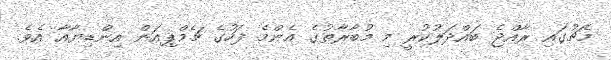
މެޗުގައި ރާއްޖެ ބައްދަލުކުރީ މި މުބާރާތުގެ އެންމެ ފަހުގެ ޗެމްޕިއަން އިންޑިޔާއާ އެވެ.